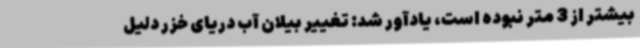
بیشتر از 3 متر نبوده است، یادآور شد: تغییر بیلان آب دریای خزر دلیل